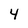
Character: 4